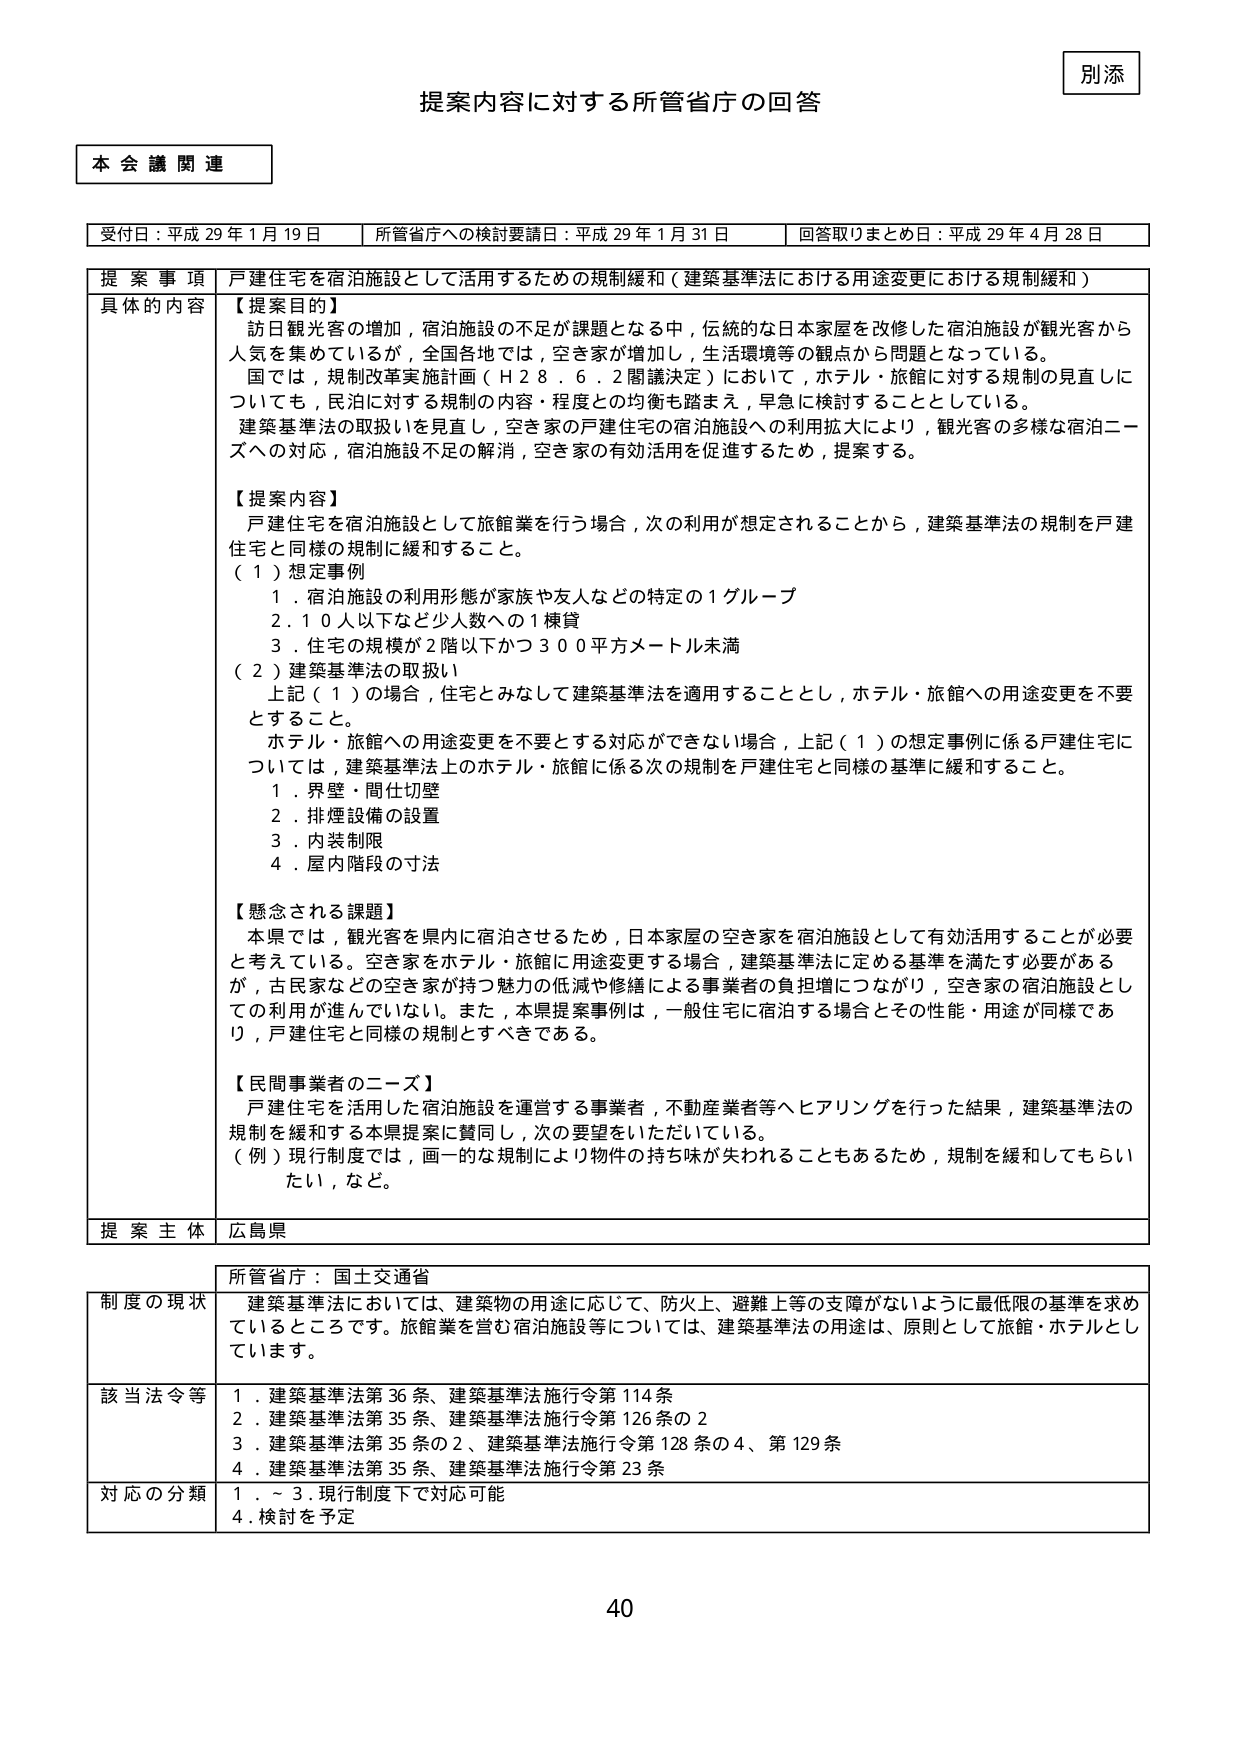
別添
提案内容に対する所管省庁の回答
本会議関連

受付日：平成29年1月19日　所管省庁への検討要請日：平成29年1月31日　回答取りまとめ日：平成29年4月28日

提案事項　戸建住宅を宿泊施設として活用するための規制緩和（建築基準法における用途変更における規制緩和）
具体的な内容
【提案目的】
訪日観光客の増加，宿泊施設の不足が課題となる中，伝統的な日本家屋を改修した宿泊施設が観光客から人気を集めているが，全国各地では，空き家が増加し，生活環境等の観点から問題となっている。
国では，規制改革実施計画（H28.6.2閣議決定）において，ホテル・旅館に対する規制の見直しについても，民泊に対する規制の内容・程度との均衡も踏まえ，早急に検討することとしている。
建築基準法の取扱いを見直し，空き家の戸建住宅の宿泊施設への利用拡大により，観光客の多様な宿泊ニーズへの対応，宿泊施設不足の解消，空き家の有効活用を促進するため，提案する。

【提案内容】
戸建住宅を宿泊施設として旅館業を行う場合，次の利用が想定されることから，建築基準法の規制を戸建住宅と同様の規制に緩和すること。
（１）想定事例
　１．宿泊施設の利用形態が家族や友人などの特定の１グループ
　２．１０人以下など少人数への１棟貸
　３．住宅の規模が２階以下かつ３００平方メートル未満
（２）建築基準法の取扱い
　上記（１）の場合，住宅とみなして建築基準法を適用することとし，ホテル・旅館への用途変更を不要とすること。
　ホテル・旅館への用途変更を不要とする対応ができない場合，上記（１）の想定事例に係る戸建住宅については，建築基準法上のホテル・旅館に係る次の規制を戸建住宅と同様の基準に緩和すること。
　　１．界壁・間仕切壁
　　２．排煙設備の設置
　　３．内装制限
　　４．屋内階段の寸法

【懸念される課題】
本県では，観光客を県内に宿泊させるため，日本家屋の空き家を宿泊施設として有効活用することが必要と考えている。空き家をホテル・旅館に用途変更する場合，建築基準法に定める基準を満たす必要があるが，古民家などの空き家が持つ魅力の低減や修繕による事業者の負担増につながり，空き家の宿泊施設としての利用が進んでいない。また，本県提案事例は，一般住宅に宿泊する場合とその性能・用途が同様であり，戸建住宅と同様の規制とすべきである。

【民間事業者のニーズ】
戸建住宅を活用した宿泊施設を運営する事業者，不動産業者等へヒアリングを行った結果，建築基準法の規制を緩和する本県提案に賛同し，次の要望をいただいている。
（例）現行制度では，画一的な規制により物件の持ち味が失われることもあるため，規制を緩和してもらいたい，など。

提案主体　広島県

所管省庁：国土交通省
制度の現状　建築基準法においては，建築物の用途に応じて，防火上、避難上等の支障がないように最低限の基準を求めているところです。旅館業を営む宿泊施設等については，建築基準法の用途は，原則として旅館・ホテルとしています。

該当法令等
１．建築基準法第36条、建築基準法施行令第114条
２．建築基準法第35条、建築基準法施行令第126条の2
３．建築基準法第35条の2、建築基準法施行令第128条の4、第129条
４．建築基準法第35条、建築基準法施行令第23条

対応の分類
１．～３．現行制度下で対応可能
４．検討を予定

40